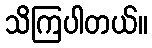
သိကြပါတယ်။